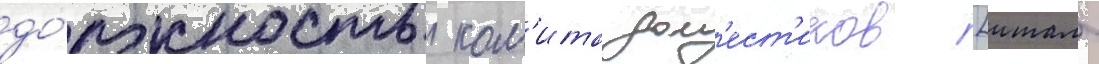
до́лжность ком'ита дом'ест'иков [итал.